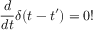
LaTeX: \frac { d } { d t } \delta ( t - t ^ { \prime } ) = 0 !